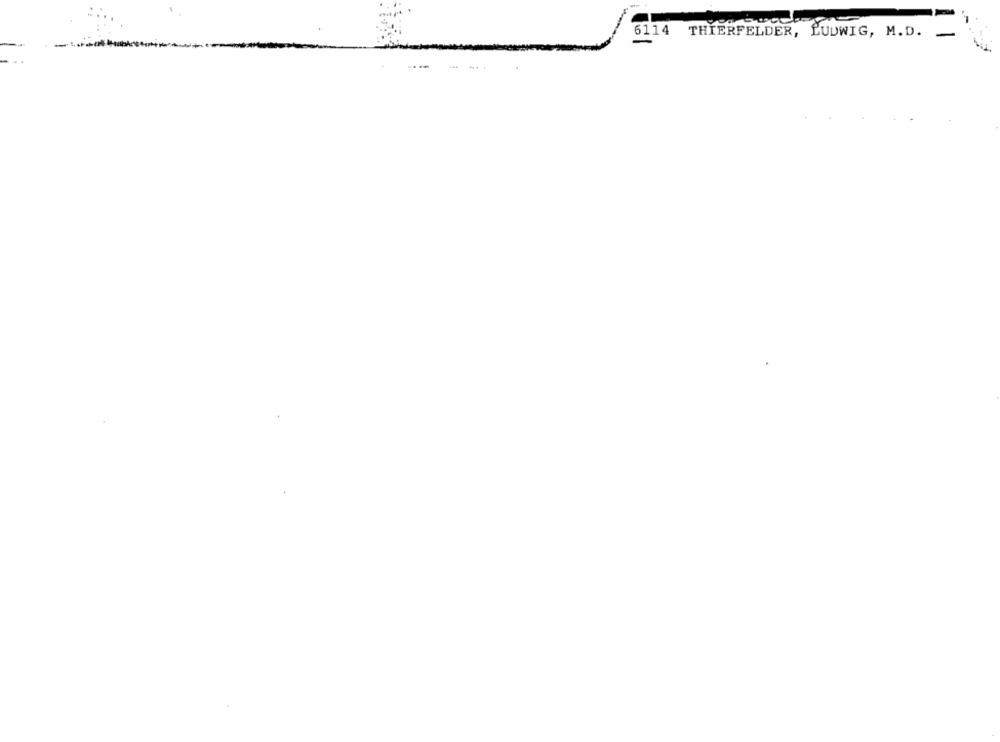
6114 THIERFELDER, LUDWIG, M.D. -